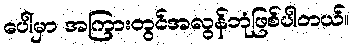
ပေါ်မှာ အကြားတွင်အလွန်ဘုံဖြစ်ပါတယ်။